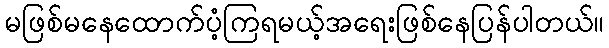
မဖြစ်မနေထောက်ပံ့ကြရမယ့်အရေးဖြစ်နေပြန်ပါတယ်။